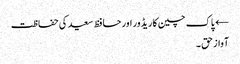
← پاک چین کاریڈور اور حافظ سعید کی حفاظت
آواز حق ۔